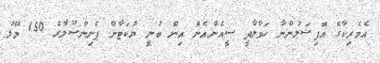
އެމެރިކާގެ އޮފިޝަލުންނާ ހަވާލާދީ ސީއެންއެން އިން ބުނީ ޔުކަޓާން ޕެނިންސޫލާގެ 150 މޭލު